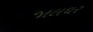
જાલઘર